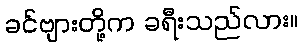
ခင်ဗျားတို့က ခရီးသည်လား။